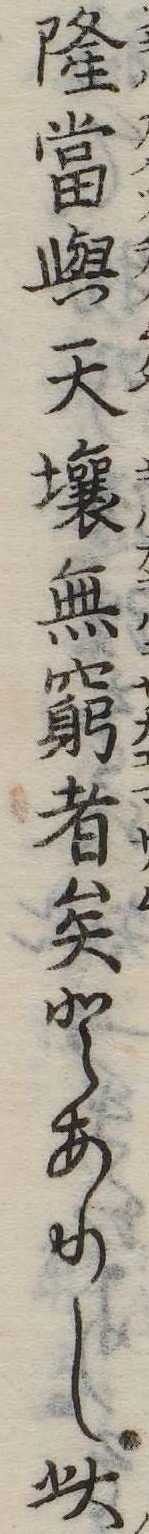
隆当与天壌無窮者矣とありし此